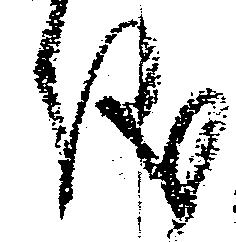
儀